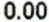
0.00